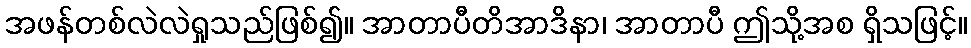
အဖန်တစ်လဲလဲရှုသည်ဖြစ်၍။ အာတာပီတိအာဒိနာ၊ အာတာပီ ဤသို့အစ ရှိသဖြင့်။